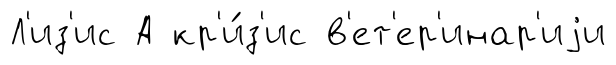
Л'из'ис А кр'и́з'ис в'ет'ер'инар'иjи